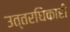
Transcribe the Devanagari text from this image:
उत्तरघिकारी